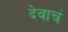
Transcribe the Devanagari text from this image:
देवाचं